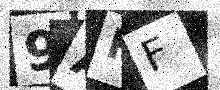
Text: 9ARF